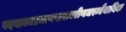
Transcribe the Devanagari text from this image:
पदवाक्यप्रमाणपारावरीणजरन्नैयायिक